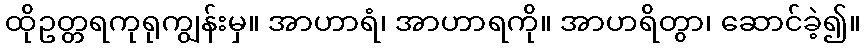
ထိုဥတ္တရကုရုကျွန်းမှ။ အာဟာရံ၊ အာဟာရကို။ အာဟရိတွာ၊ ဆောင်ခဲ့၍။